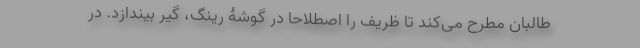
طالبان مطرح می‌کند تا ظریف را اصطلاحا در گوشۀ رینگ، گیر بیندازد. در